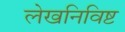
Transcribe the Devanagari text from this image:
लेखनिविष्ट